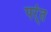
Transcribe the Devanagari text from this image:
पर्ंत